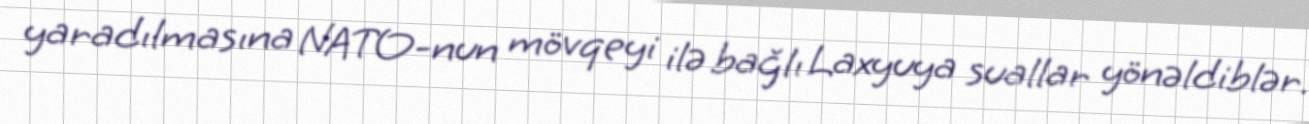
yaradılmasına NATO-nun mövqeyi ilə bağlı Laxyuya suallar yönəldiblər.